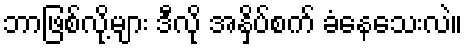
ဘာဖြစ်လို့များ ဒီလို အနှိပ်စက် ခံနေသေးလဲ။